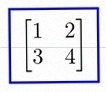
\begin{bmatrix}1&2\\3&4\end{bmatrix}